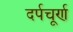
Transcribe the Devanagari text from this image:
दर्पचूर्ण